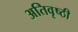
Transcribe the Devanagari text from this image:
अतिवृष्ठी